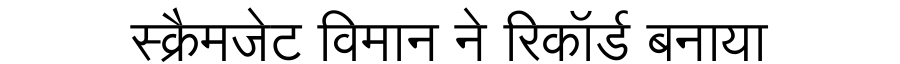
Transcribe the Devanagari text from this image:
स्क्रैमजेट विमान ने रिकॉर्ड बनाया